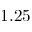
1 . 2 5